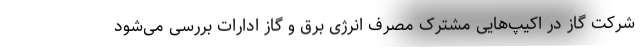
شرکت گاز در اکیپ‌هایی مشترک مصرف انرژی برق و گاز ادارات بررسی می‌شود